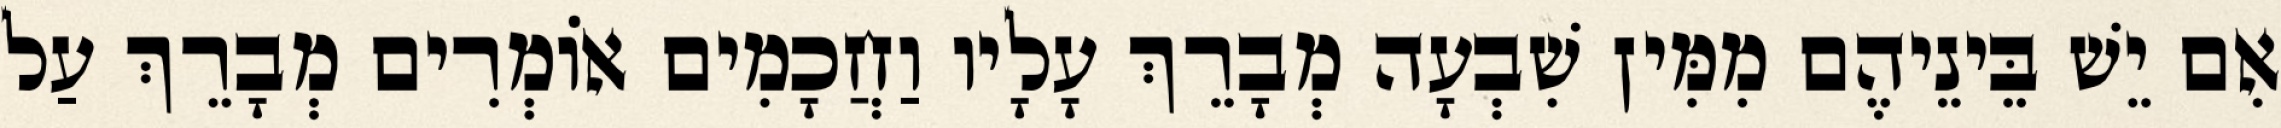
אִם יֵשׁ בֵּינֵיהֶם מִמִּין שִׁבְעָה מְבָרֵךְ עָלָיו וַחֲכָמִים אוֹמְרִים מְבָרֵךְ עַל